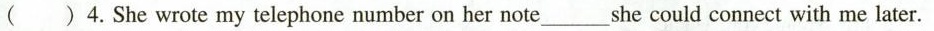
( ) 4. She wrote my telephone number on her note___ she could connect with me later.